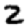
Digit: 2